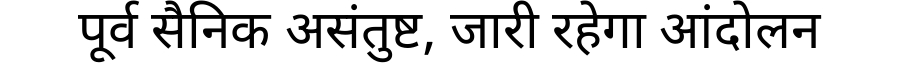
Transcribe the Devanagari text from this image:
पूर्व सैनिक असंतुष्ट, जारी रहेगा आंदोलन